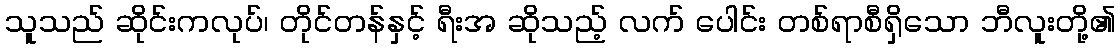
သူသည် ဆိုင်းကလုပ်၊ တိုင်တန်နှင့် ရီးအ ဆိုသည့် လက် ပေါင်း တစ်ရာစီရှိသော ဘီလူးတို့၏